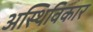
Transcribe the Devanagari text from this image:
अस्थिविकार